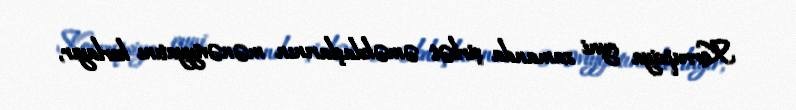
Korrupsiya eyni zamanda şirkət əməkdaşlarının mənəviyyatını korlayır,